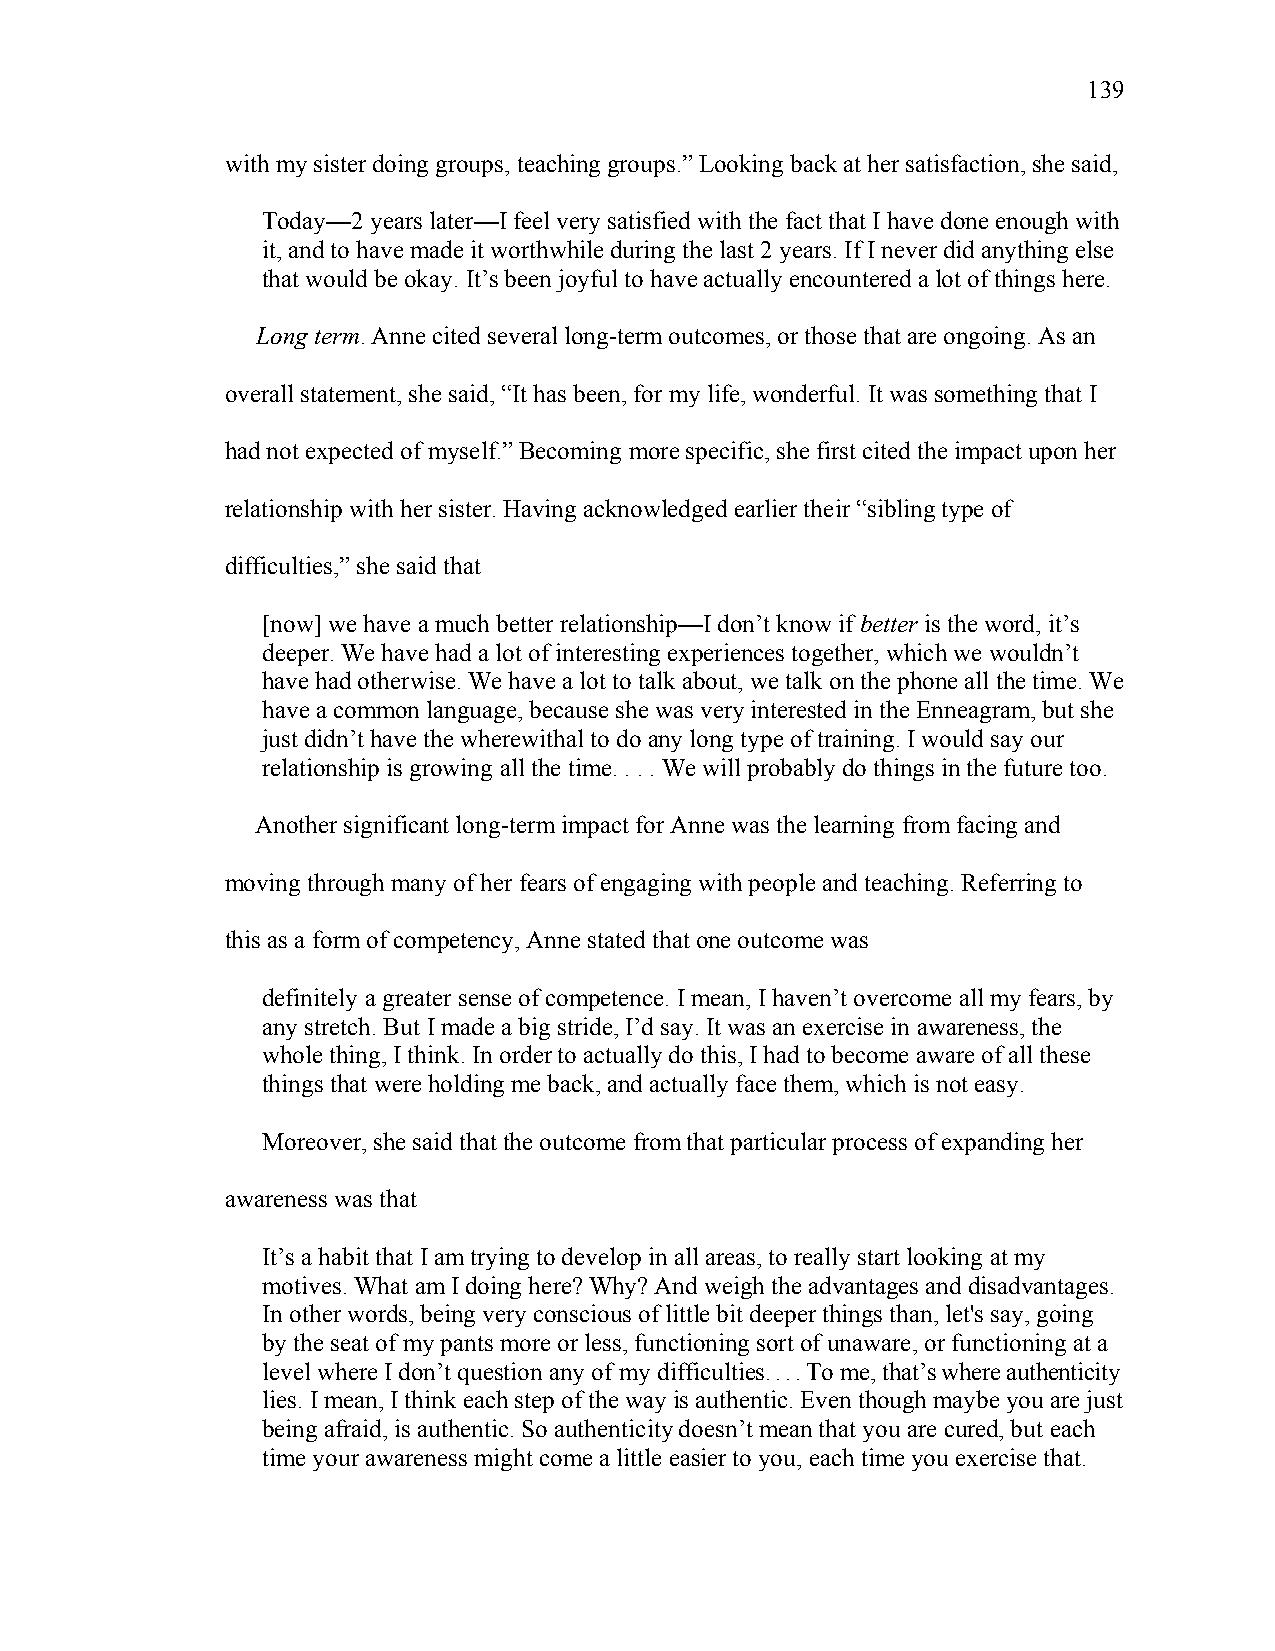
139
 with my sister doing groups, teaching groups.” Looking back at her satisfaction, she said,
 Today—2 years later—I feel very satisfied with the fact that I have done enough with
 it, and to have made it worthwhile during the last 2 years. If I never did anything else
 that would be okay. It’s been joyful to have actually encountered a lot of things here.
 Long term. Anne cited several long-term outcomes, or those that are ongoing. As an
 overall statement, she said, “It has been, for my life, wonderful. It was something that I
 had not expected of myself.” Becoming more specific, she first cited the impact upon her
 relationship with her sister. Having acknowledged earlier their “sibling type of
 difficulties,” she said that
 [now] we have a much better relationship—I don’t know if better is the word, it’s
 deeper. We have had a lot of interesting experiences together, which we wouldn’t
 have had otherwise. We have a lot to talk about, we talk on the phone all the time. We
 have a common language, because she was very interested in the Enneagram, but she
 just didn’t have the wherewithal to do any long type of training. I would say our
 relationship is growing all the time. . . . We will probably do things in the future too.
 Another significant long-term impact for Anne was the learning from facing and
 moving through many of her fears of engaging with people and teaching. Referring to
 this as a form of competency, Anne stated that one outcome was
 definitely a greater sense of competence. I mean, I haven’t overcome all my fears, by
 any stretch. But I made a big stride, I’d say. It was an exercise in awareness, the
 whole thing, I think. In order to actually do this, I had to become aware of all these
 things that were holding me back, and actually face them, which is not easy.
 Moreover, she said that the outcome from that particular process of expanding her
 awareness was that
 It’s a habit that I am trying to develop in all areas, to really start looking at my
 motives. What am I doing here? Why? And weigh the advantages and disadvantages.
 In other words, being very conscious of little bit deeper things than, let's say, going
 by the seat of my pants more or less, functioning sort of unaware, or functioning at a
 level where I don’t question any of my difficulties. . . . To me, that’s where authenticity
 lies. I mean, I think each step of the way is authentic. Even though maybe you are just
 being afraid, is authentic. So authenticity doesn’t mean that you are cured, but each
 time your awareness might come a little easier to you, each time you exercise that.